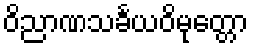
ဝိညာဏသင်္ခယဝိမုတ္တော